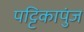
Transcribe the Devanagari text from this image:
पट्टिकापुंज